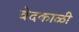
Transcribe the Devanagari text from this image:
वेदकाळी